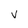
Character: V